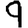
Digit: 9